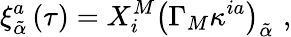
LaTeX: \xi_{\tilde{\alpha}}^{a}\left(\tau\right)=X_{i}^{M}\left(\Gamma_{M}\kappa^{ia}\right)_{\tilde{\alpha}}\, \, ,